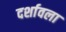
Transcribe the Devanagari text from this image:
दर्शावला